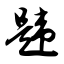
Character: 韪